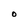
Character: O